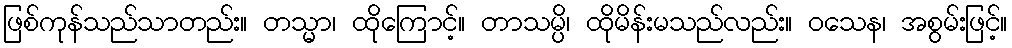
ဖြစ်ကုန်သည်သာတည်း။ တသ္မာ၊ ထိုကြောင့်။ တာသမ္ပိ၊ ထိုမိန်းမသည်လည်း။ ဝသေန၊ အစွမ်းဖြင့်။